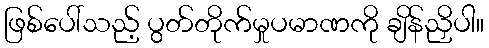
ဖြစ်ပေါ်သည့် ပွတ်တိုက်မှုပမာဏကို ချိန်ညှိပါ။